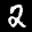
Label: 2